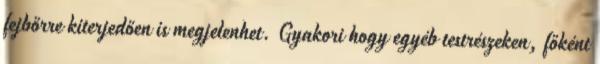
fejbőrre kiterjedően is megjelenhet. Gyakori hogy egyéb testrészeken, főként